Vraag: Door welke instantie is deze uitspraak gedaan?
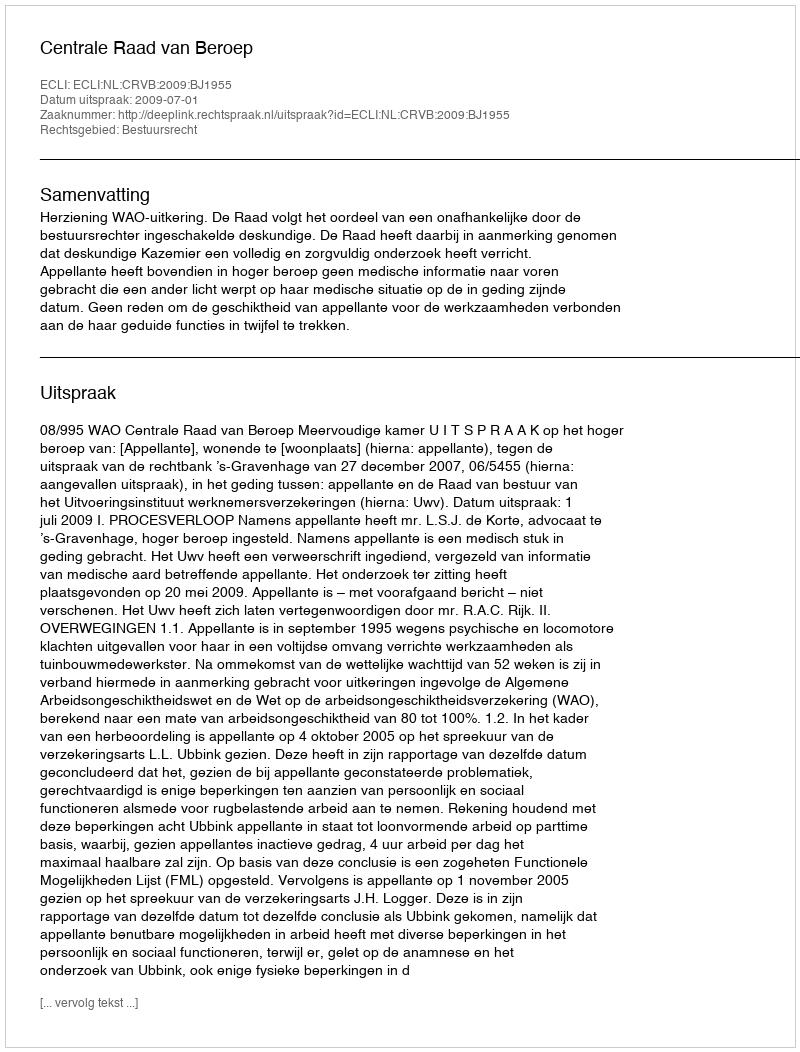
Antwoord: Centrale Raad van Beroep